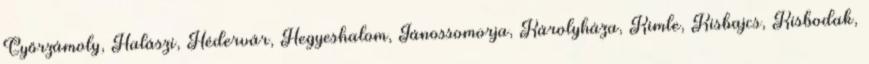
Győrzámoly, Halászi, Hédervár, Hegyeshalom, Jánossomorja, Károlyháza, Kimle, Kisbajcs, Kisbodak,